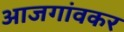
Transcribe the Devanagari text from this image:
आजगांवकर